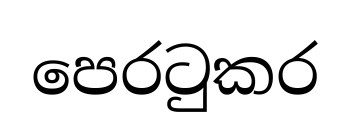
පෙරටුකර